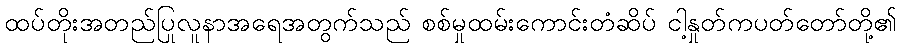
ထပ်တိုးအတည်ပြုလူနာအရေအတွက်သည် စစ်မှုထမ်းကောင်းတံဆိပ် ငါ့နှုတ်ကပတ်တော်တို့၏